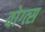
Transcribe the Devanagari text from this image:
वोग्त्स